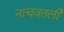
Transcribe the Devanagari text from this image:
नाचवतली